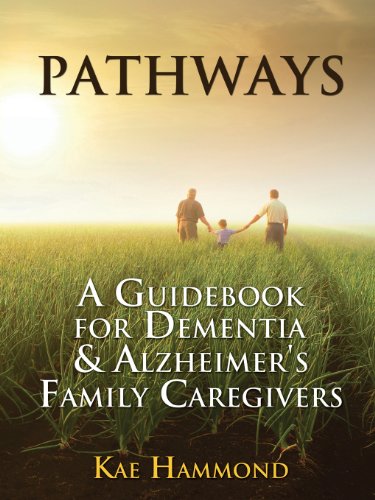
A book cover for Pathways: A Guidebook for Dementia & Alzheimer's Family Caregivers; Kae Hammond; Health, Fitness & Dieting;